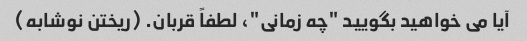
آیا می خواهید بگویید "چه زمانی"، لطفاً قربان. (ریختن نوشابه)